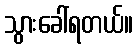
သွားခေါ်ရတယ်။